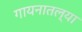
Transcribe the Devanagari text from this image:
गायनातल्या